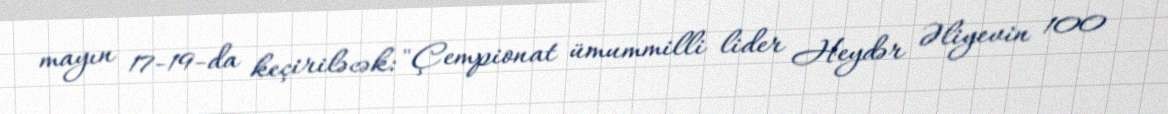
mayın 17-19-da keçiriləcək: "Çempionat ümummilli lider Heydər Əliyevin 100